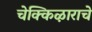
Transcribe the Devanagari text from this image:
चेक्किऴाराचे